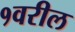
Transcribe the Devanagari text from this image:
१वरील